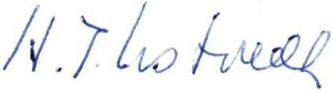
H.J. Ustvedt